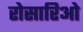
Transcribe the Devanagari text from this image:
रोसारिओ